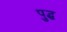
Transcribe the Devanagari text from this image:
पुद्ध